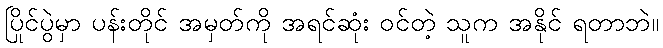
ပြိုင်ပွဲမှာ ပန်းတိုင် အမှတ်ကို အရင်ဆုံး ဝင်တဲ့ သူက အနိုင် ရတာဘဲ။